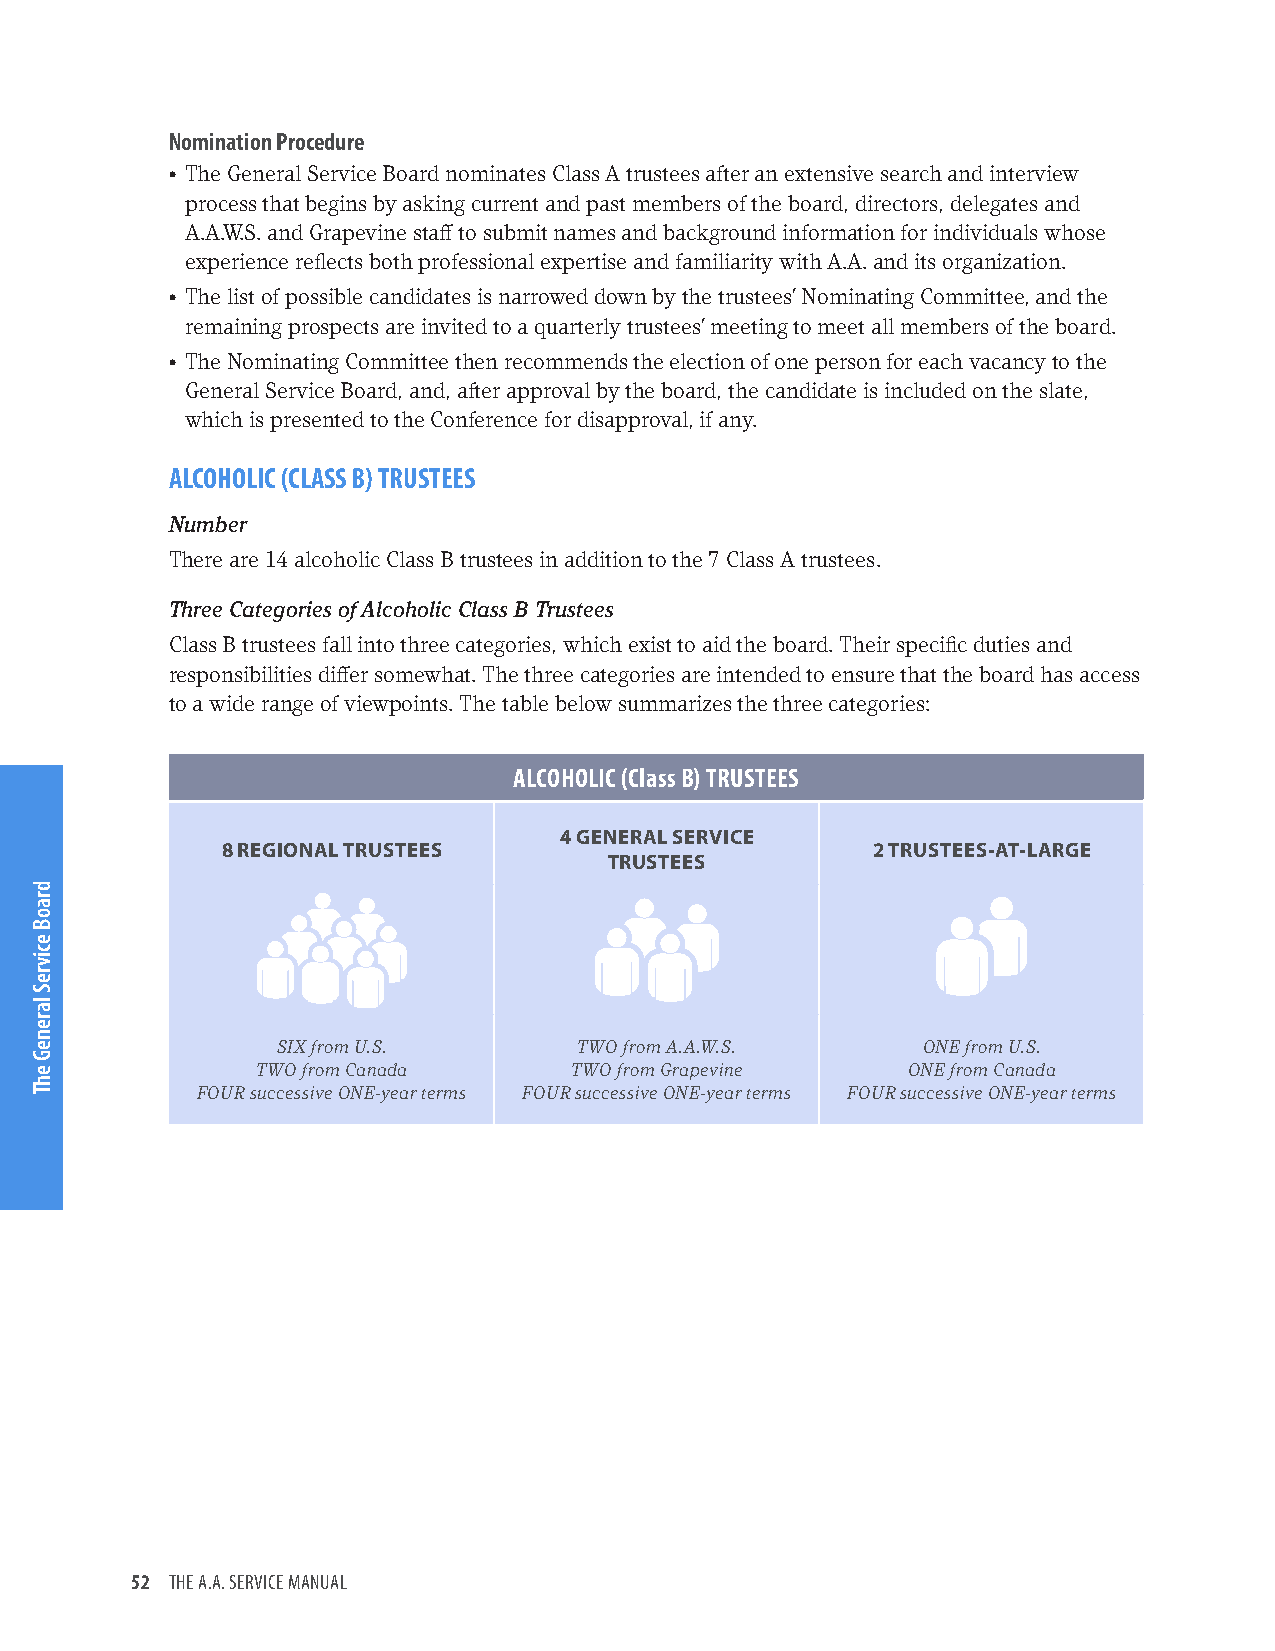
Nomination Procedure
 • The General Service Board nominates Class A trustees after an extensive search and interview
 process that begins by asking current and past members of the board, directors, delegates and
 A.A.W.S. and Grapevine staff to submit names and background information for individuals whose
 experience reflects both professional expertise and familiarity with A.A. and its organization.
 • The list of possible candidates is narrowed down by the trustees’ Nominating Committee, and the
 remaining prospects are invited to a quarterly trustees’ meeting to meet all members of the board.
 • The Nominating Committee then recommends the election of one person for each vacancy to the
 General Service Board, and, after approval by the board, the candidate is included on the slate,
 which is presented to the Conference for disapproval, if any.
 ALCOHOLIC (CLASS B) TRUSTEES
 Number
 There are 14 alcoholic Class B trustees in addition to the 7 Class A trustees.
 Three Categories of Alcoholic Class B Trustees
 Class B trustees fall into three categories, which exist to aid the board. Their specific duties and
 responsibilities differ somewhat. The three categories are intended to ensure that the board has access
 to a wide range of viewpoints. The table below summarizes the three categories:
 ALCOHOLIC (Class B) TRUSTEES
 4 GENERAL SERVICE
 8 REGIONAL TRUSTEES                        2 TRUSTEES-AT-LARGE
 TRUSTEES
 SIX from U.S.       TWO from A.A.W.S.      ONE from U.S.
 TWO from Canada      TWO from Grapevine    ONE from Canada
 FOUR successive ONE-year terms FOUR successive ONE-year terms FOUR successive ONE-year terms
 52 THE A.A. SERVICE MANUAL
 draoB
 ecivreS
 lareneG
 ehT